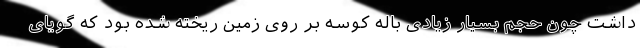
داشت چون حجم بسیار زیادی باله کوسه بر روی زمین ریخته شده بود که گویای